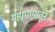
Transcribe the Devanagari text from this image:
महापापातून